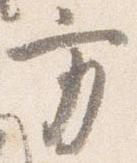
方